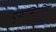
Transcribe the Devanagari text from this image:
युफ़ॉसिएशिया